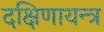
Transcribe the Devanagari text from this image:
दक्षिणायन्त्र